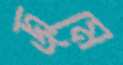
জমে